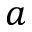
a